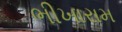
ભીખારામ